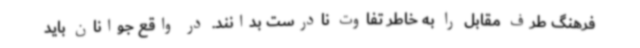
فرهنگ طرف مقابل را به خاطر تفاوت نادرست بدانند. در واقع جوانان باید